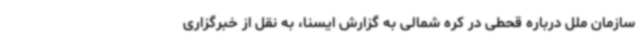
سازمان ملل درباره قحطی در کره شمالی به گزارش ایسنا، به نقل از خبرگزاری